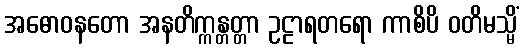
အဓောဝနတော အနတိက္ကန္တတ္တာ ဥဠာရတရော ကာစိပိ ဝတိမသ္မိံ